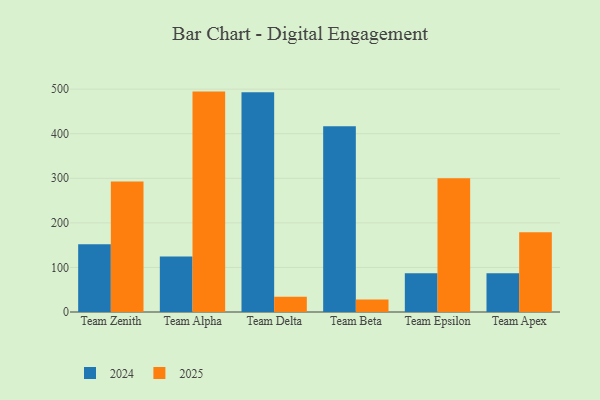
{"axis": {"x": "Team", "y": "Website Visitors"}, "legend": ["2024", "2025"], "data": [{"x": "Team Zenith", "y": 152.1, "type": "2024"}, {"x": "Team Zenith", "y": 292.9, "type": "2025"}, {"x": "Team Alpha", "y": 124.8, "type": "2024"}, {"x": "Team Alpha", "y": 494.5, "type": "2025"}, {"x": "Team Delta", "y": 493.1, "type": "2024"}, {"x": "Team Delta", "y": 34.0, "type": "2025"}, {"x": "Team Beta", "y": 416.5, "type": "2024"}, {"x": "Team Beta", "y": 28.1, "type": "2025"}, {"x": "Team Epsilon", "y": 86.8, "type": "2024"}, {"x": "Team Epsilon", "y": 299.9, "type": "2025"}, {"x": "Team Apex", "y": 87.1, "type": "2024"}, {"x": "Team Apex", "y": 179.2, "type": "2025"}]}